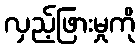
လှည့်ဖြားမှုကို